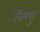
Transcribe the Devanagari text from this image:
बिरगु